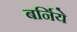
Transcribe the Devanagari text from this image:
बर्निये